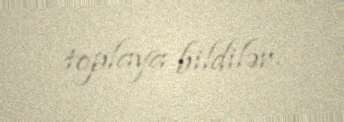
toplaya bildilər.